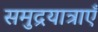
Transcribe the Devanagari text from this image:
समुद्रयात्राएँ